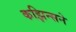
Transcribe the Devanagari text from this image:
कझिन्सने